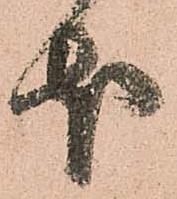
本